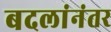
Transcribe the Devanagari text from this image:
बदलांनंतर